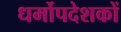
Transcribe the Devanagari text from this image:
धर्मोपदेशकों